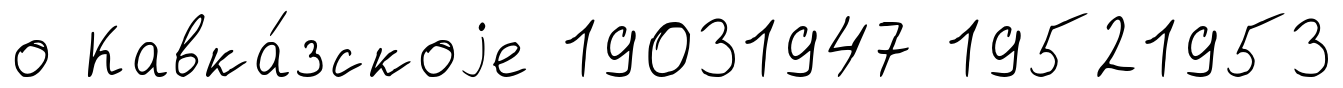
о Кавка́зскоjе 19031947 19521953